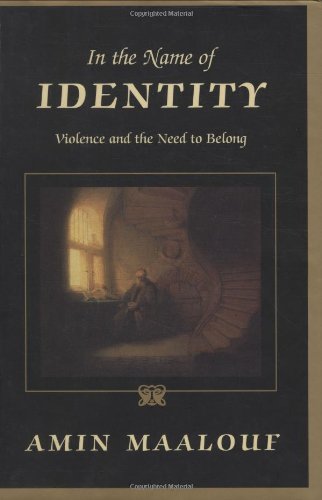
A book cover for In the Name of Identity: Violence and the Need to Belong; Amin Maalouf; Politics & Social Sciences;